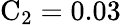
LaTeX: \mathrm{C_{2}}=0.03